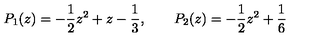
P _ { 1 } ( z ) = - \frac { 1 } { 2 } z ^ { 2 } + z - \frac { 1 } { 3 } , \qquad P _ { 2 } ( z ) = - \frac { 1 } { 2 } z ^ { 2 } + \frac { 1 } { 6 }